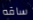
ساقه